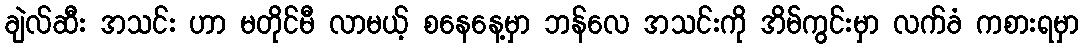
ချဲလ်ဆီး အသင်း ဟာ မတိုင်မီ လာမယ့် စနေနေ့မှာ ဘန်လေ အသင်းကို အိမ်ကွင်းမှာ လက်ခံ ကစားရမှာ